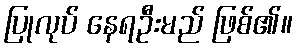
ပြုလုပ် နေရဦးမည် ဖြစ်၏။